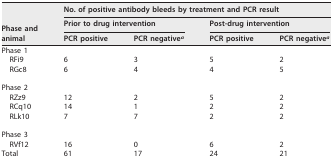
<table><thead><tr><td rowspan="3"><b>Phase and animal</b></td><td colspan="4"><b>No. of positive antibody bleeds by treatment and PCR result</b></td></tr><tr><td colspan="2"><b>Prior to drug intervention</b></td><td colspan="2"><b>Post-drug intervention</b></td></tr><tr><td><b>PCR positive</b></td><td><b>PCR negative<sup><i>a</i></sup></b></td><td><b>PCR positive</b></td><td><b>PCR negative<sup><i>a</i></sup></b></td></tr></thead><tbody><tr><td>Phase 1</td><td></td><td></td><td></td><td></td></tr><tr><td>RFi9</td><td>6</td><td>3</td><td>5</td><td>2</td></tr><tr><td>RGc8</td><td>6</td><td>4</td><td>4</td><td>5</td></tr><tr><td>Phase 2</td><td></td><td></td><td></td><td></td></tr><tr><td>RZz9</td><td>12</td><td>2</td><td>5</td><td>2</td></tr><tr><td>RCq10</td><td>14</td><td>1</td><td>2</td><td>2</td></tr><tr><td>RLk10</td><td>7</td><td>7</td><td>2</td><td>2</td></tr><tr><td>Phase 3</td><td></td><td></td><td></td><td></td></tr><tr><td>RVf12</td><td>16</td><td>0</td><td>6</td><td>2</td></tr><tr><td>Total</td><td>61</td><td>17</td><td>24</td><td>21</td></tr></tbody></table>